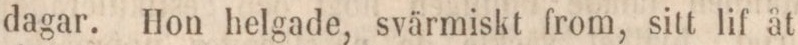
dagar. Hon helgade, svärmiskt from, sitt lif åt